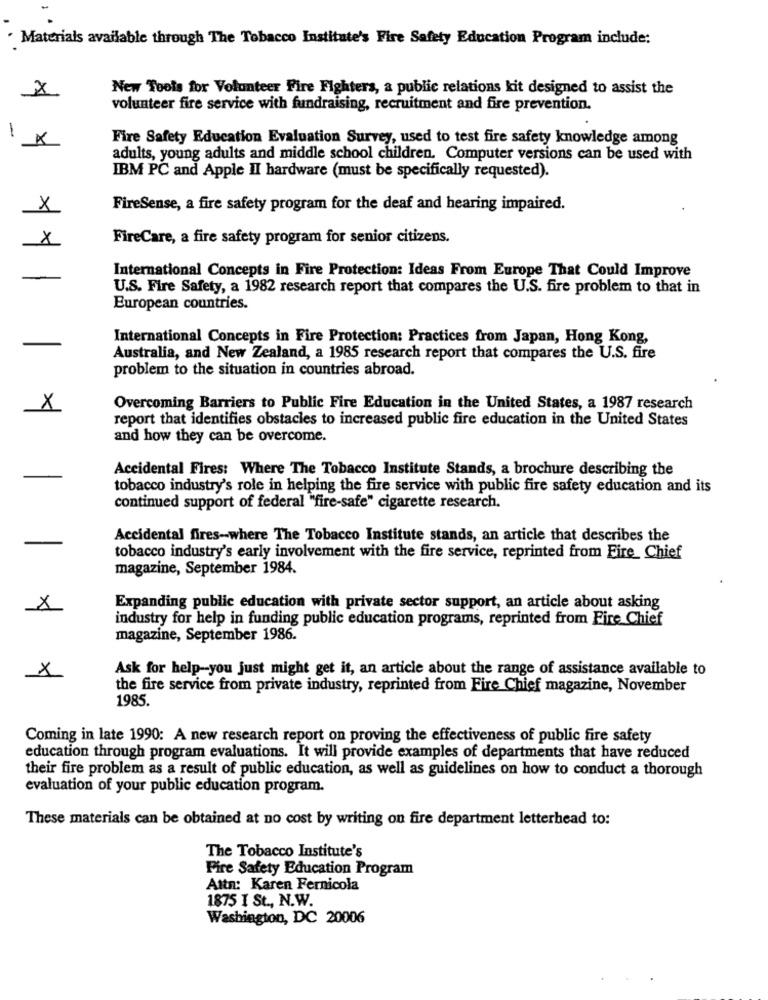
Materials available through The Tobacco Institute's Fire Safety Education Program include:
×
New Tools for Volunteer Fire Fighters, a public relations kit designed to assist the
volunteer fire service with fundraising, recruitment and fire prevention.
X
1
Fire Safety Education Evaluation Survey, used to test fire safety knowledge among
adults, young adults and middle school children. Computer versions can be used with
IBM PC and Apple II hardware (must be specifically requested).
x
FireSense, a fire safety program for the deaf and hearing impaired.
x
FireCare, a fire safety program for senior citizens.
International Concepts in Fire Protection: Ideas From Europe That Could Improve
U.S. Fire Safety, a 1982 research report that compares the U.S. fire problem to that in
European countries.
International Concepts in Fire Protection: Practices from Japan, Hong Kong,
Australia, and New Zealand, a 1985 research report that compares the U.S. fire
problem to the situation in countries abroad.
X
Overcoming Barriers to Public Fire Education in the United States, a 1987 research
report that identifies obstacles to increased public fire education in the United States
and how they can be overcome.
Accidental Fires: Where The Tobacco Institute Stands, a brochure describing the
tobacco industry's role in helping the fire service with public fire safety education and its
continued support of federal "fire-safe" cigarette research.
Accidental fires -- where The Tobacco Institute stands, an article that describes the
tobacco industry's early involvement with the fire service, reprinted from Fire_ Chief
magazine, September 1984.
×
Expanding public education with private sector support, an article about asking
industry for help in funding public education programs, reprinted from Fire Chief
magazine, September 1986.
Ask for help -- you just might get it, an article about the range of assistance available to
x
the fire service from private industry, reprinted from Fire Chief magazine, November
1985.
Coming in late 1990: A new research report on proving the effectiveness of public fire safety
education through program evaluations. It will provide examples of departments that have reduced
their fire problem as a result of public education, as well as guidelines on how to conduct a thorough
evaluation of your public education program.
These materials can be obtained at no cost by writing on fire department letterhead to:
The Tobacco Institute's
Fire Safety Education Program
Attn: Karen Fernicola
1875 I St ., N.W.
Washington, DC 20006